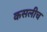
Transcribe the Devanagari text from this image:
कसलीच